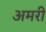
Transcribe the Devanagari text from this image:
अमरी